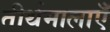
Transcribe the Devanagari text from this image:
तीर्थमालाएँ